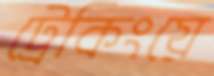
ট্রেকিংয়ে